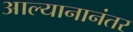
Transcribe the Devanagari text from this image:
आल्यानानंतर